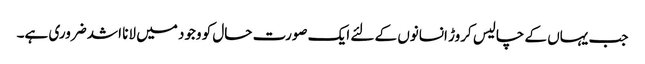
جب یہاں کے چالیس کروڑ انسانوں کے لئے ایک صورت حال کو وجود میں لانا اشد ضروری ہے۔